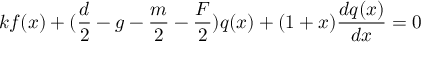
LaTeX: k f ( x ) + ( \frac d 2 - g - \frac m 2 - \frac F 2 ) q ( x ) + ( 1 + x ) \frac { d q ( x ) } { d x } = 0